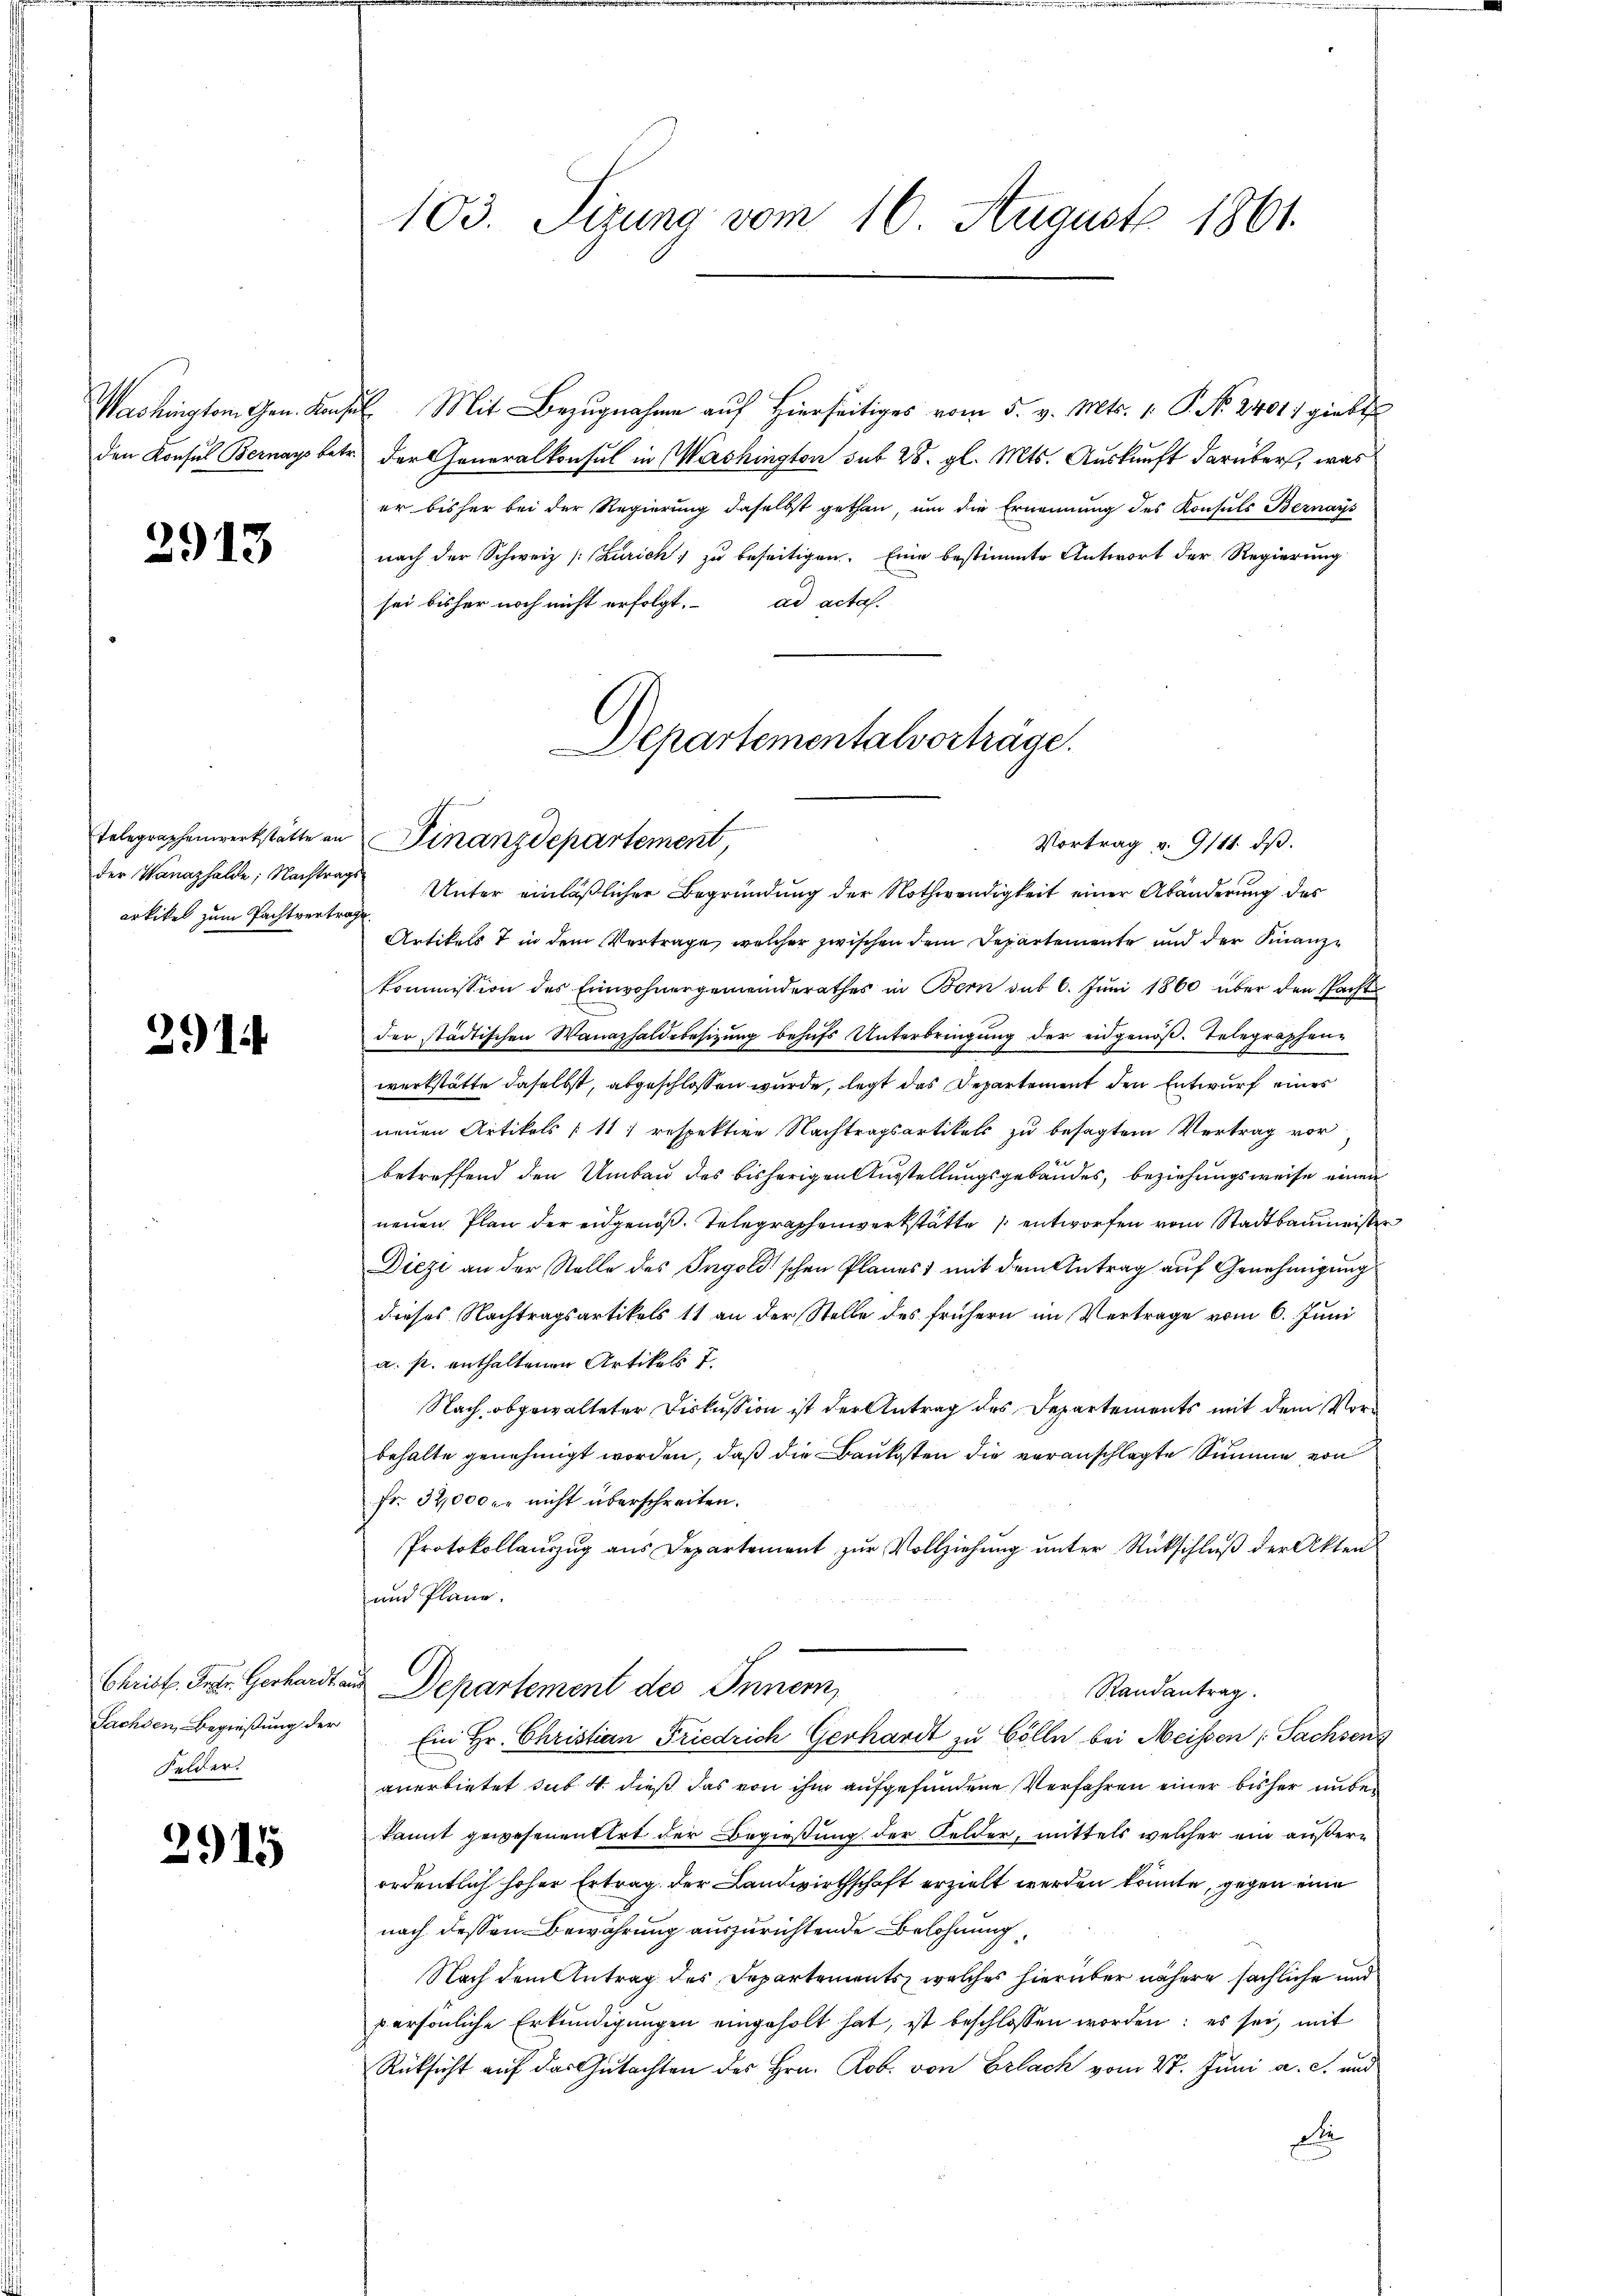
Washingtem Gen. Kanz

2913

Telegraphenwerkstatte an
der Wanazhalde; Nachtrags
artikel zum Pachtvertrage

2914

Sachsen, Begießung der
Felder.

2915

103. Sizung vom 10. August 1861.

sl. Mit Bezugnahme auf hierseitiges vom 5. v. Mts. 1. P. No. 2401, giebt
den Konsul Bernays betr. der Generalkonsul in Washington sub 28. gl. Mts. Auskunft darüber, was
er bisher bei der Regierung daselbst gethan, um die Ernennung des Konsuls Bernays
nach der Schweiz /: Zürich, zu beseitigen. Eine bestimmte Antwort der Regierung
sei bisher noch nicht erfolgt. ad actas.

Departementalverträge.
Finanzdepartement,

Unter einläßlicher Begründung der Nothwendigkeit einer Abänderung des
Artikelst in dem Vertrage, welcher zwischen dem Departemente und der Finanzkommission des Einwohnergemeinderathes in Bern sub 6. Juni 1860 über den Pachte
der städtischen Wanazhaldebesitzung behŭfs Unterbringung der eidgenöß. Telegraphen-
werkstätte daselbst, abgeschlossen wurde, legt das Departement den Entwurf eines
neuen Artikels (11) respektive Nachtragsartikels zu besagtem Vertrag vor
betreffend den Umbau des bisherigen Ausstellungsgebäudes, beziehungsweise einen
neuen Plan der eidgenöß. Telegraphenwerkstätte entworfen vom Stadtbaumeister
Diezi an der Stelle des Ingold'schen Planes mit dem Antrag auf Genehmigung
dieses Nachtragsartikels 11 an der Stelle des frühern im Vertrage vom 6. Juni
a. p. enthaltenen Artikels 7.
Nach abgewalteter Diskussion ist der Antrag des Departements mit dem Vorbehalte genehmigt worden, daß die Baukosten die veranschlagte Summe von
fr. 32,000 er nicht überschreiten.
Protokollaŭszŭg aŭs Departement zŭr Vollziehŭng ŭnter Rückschlŭβ der Akten
und Plane.
Christ. Febr. Gerhardt aus Departement des Innern,
Randantrag.

Ein Hr. Christian Friedrich Gerhardt zu Cölle bei Meissen Sachsen
anerbietet sub 4 dieß das von ihm aufgefundene Verfahren einer bisher unter
kannt gewesenentirt der Begießung der Felder, mittels welcher ein äußerordentlich hoher Ertrag der Landwirthschaft erzielt werden könnte, gegen eine
nach dessen Bewährung auszurichtende Belohnung,
Nach dem Antrag des Departements, welches hierüber nähere sächliche und
persönliche Erkundigungen eingeholt hat, ist beschlossen worden; es sei, mit
Rücksicht auf das Gutachten des Hrn. Rob. von Erlach vom 27. Juni a. c. und
Die

Vortrag v. 9111. dβ.